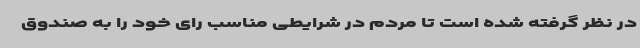
در نظر گرفته شده است تا مردم در شرایطی مناسب رای خود را به صندوق